Jaan_Tonisson_(Lasteleht), lk 55
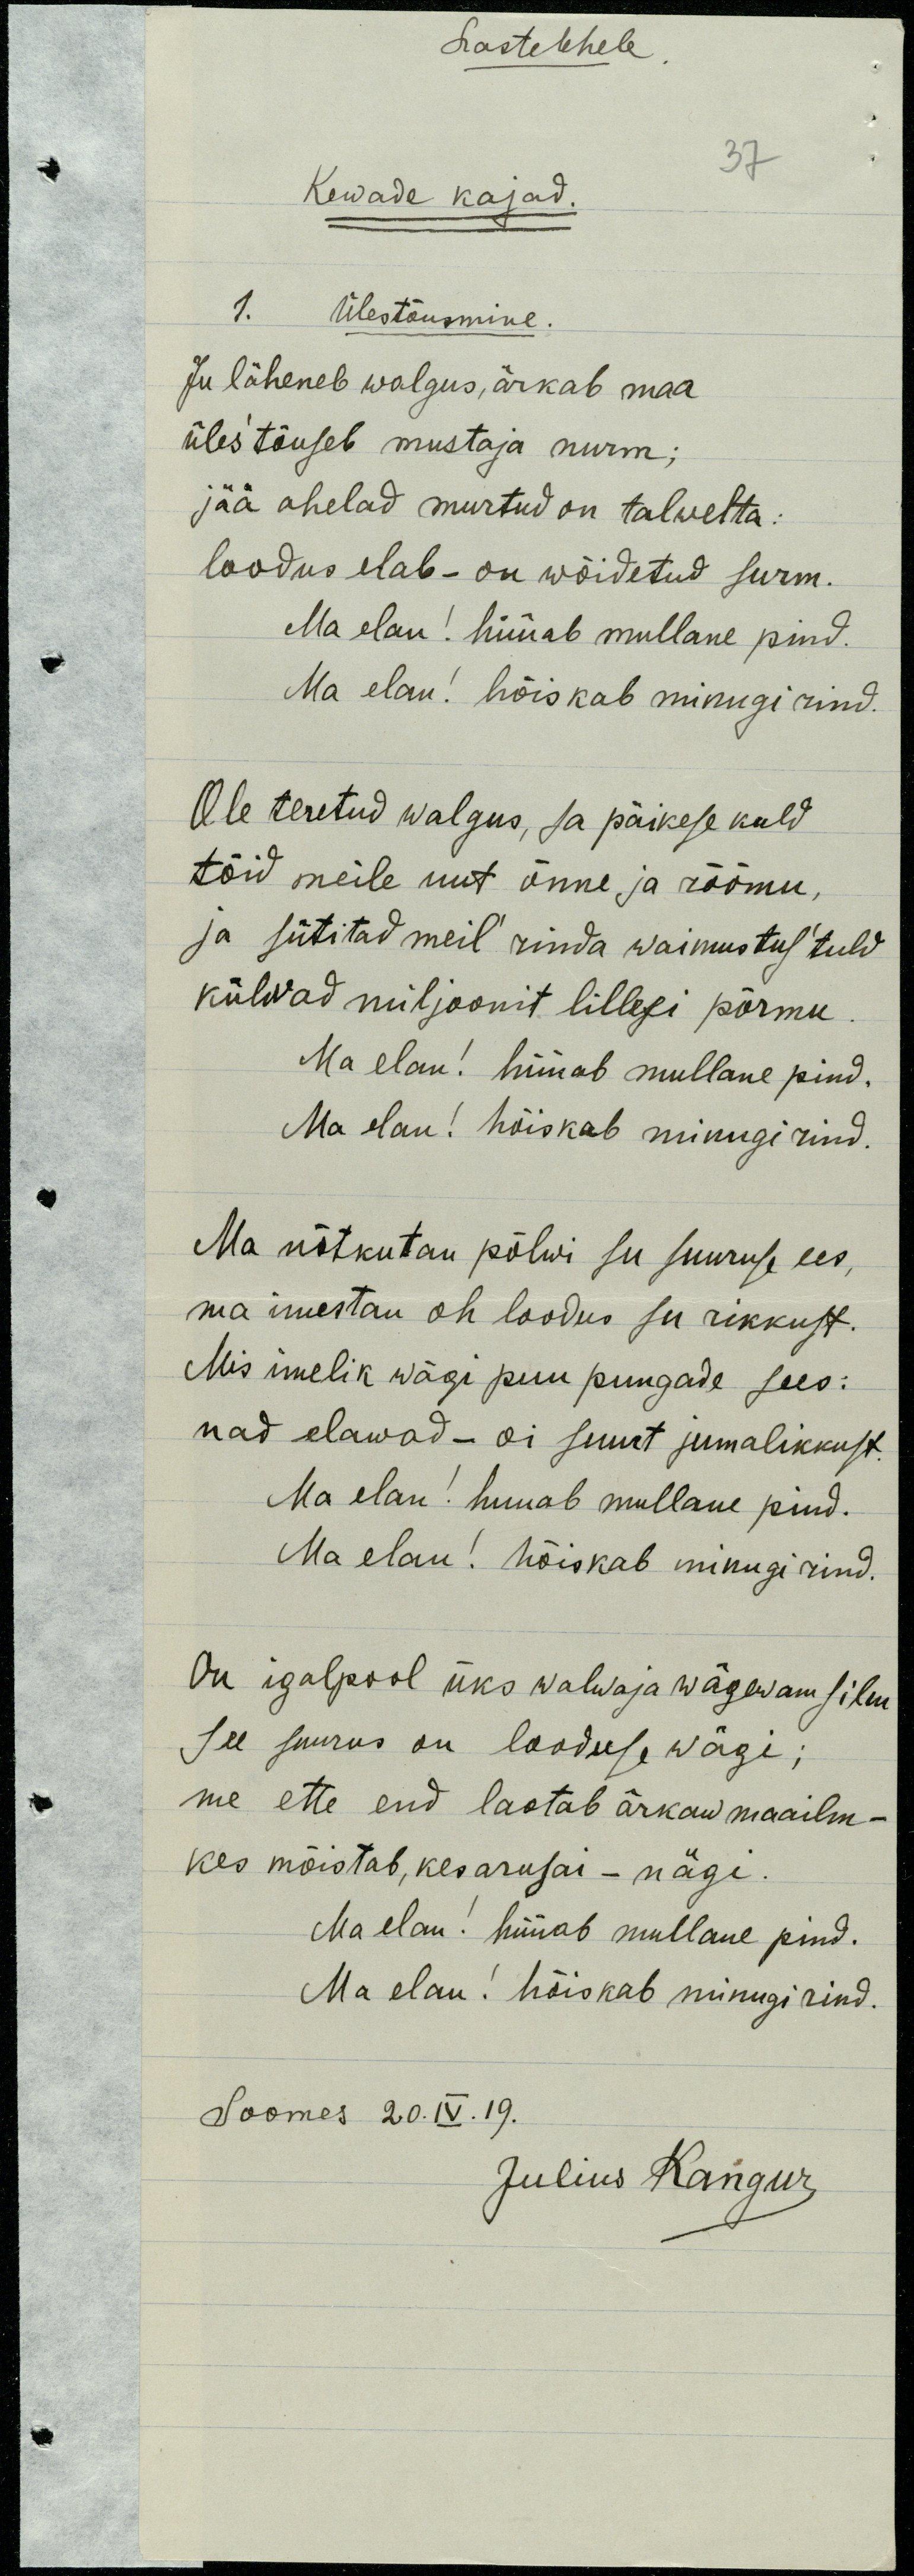
Lastelehele 
37
Kewade kajad.
1. Ülestõusmine
Ju läheneb walgus, ärkab maa
üles'tõuseb mustaja nurm;
jää ahelad murtud on talwelta:
loodus elab - on wõidetud surm.
Ma elan! hüüab mullane pind.
Ma elan! hõiskab minugi rind
Ole teretud walgus, ja päikese kuld
tõid meile uut õnne ja rõõmu,
ja sütitad meil' rinda waimustus'tuld
külvad miljoonit lillesi põrmu.
Ma elan! hüüab mullane pind,
Ma elan! hõiskab minugi rind.
Ma nõtkutan põlwi su suuruse ees,
ma imestan oh loodus su rikkust.
Mis imelik wägi puu pungade sees: 
nad elavad - oi suurt jumalikkust.
Ma elan! huuab mullane pind.
Ma elan! hõiskab minugi rind.
On igalpool üks walwaja wägewam silm
See suurus on looduse wägi;
me ette end laotab ärkaw maailm -
kes mõistab, kes arusai - nägi.
Ma elan! hüüab mullane pind.
Ma elan! hõiskab minugi rind.
Soomes 20. IV. 19.
Julius Kangur